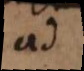
ad